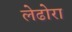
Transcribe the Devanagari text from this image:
लेढोरा